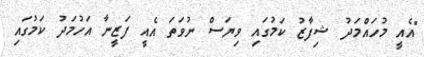
"އެއީ މުހައްމަދު ޝިފާޒު ކަމުގައި ވިޔަސް ނުވަތަ އެއީ ފަޒީނާ އަހުމަދު ކަމުގައި